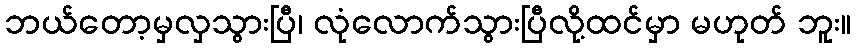
ဘယ်တော့မှလှသွားပြီ၊ လုံလောက်သွားပြီလို့ထင်မှာ မဟုတ် ဘူး။